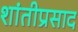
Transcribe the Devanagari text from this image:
शांतीप्रसाद